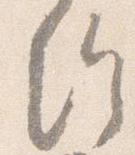
給